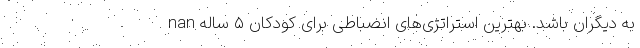
به دیگران باشد. بهترین استراتژی‌های انضباطی برای کودکان ۵ ساله nan